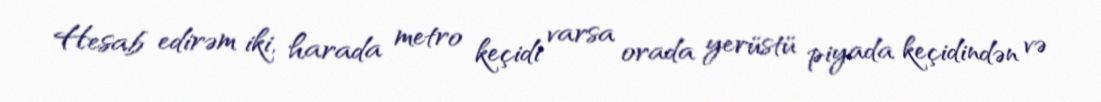
Hesab edirəm iki, harada metro keçidi varsa orada yerüstü piyada keçidindən və